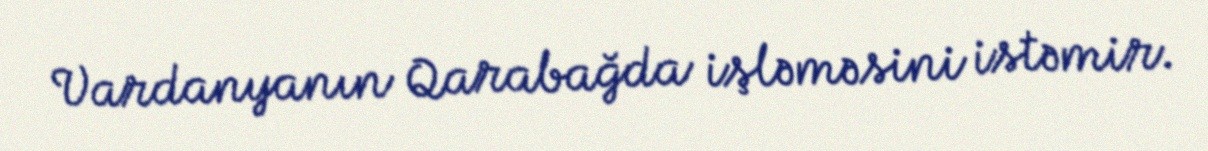
Vardanyanın Qarabağda işləməsini istəmir.